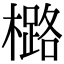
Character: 㯝